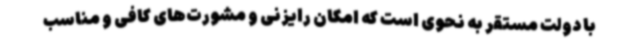
با دولت مستقر به نحوی است که امکان رایزنی و مشورت‌های کافی و مناسب